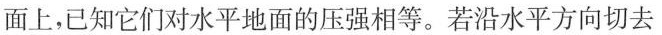
面上，已知它们对水平地面的压强相等。若沿水平方向切去